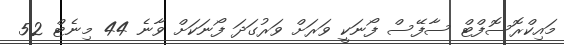
މައިކްރޮސޮފްޓް ސާފޭސް ފޯނަކީ ވަރަށް ވަރުގަދަ ފޯނަކަށް ވާނެ 44 މިނެޓް 52